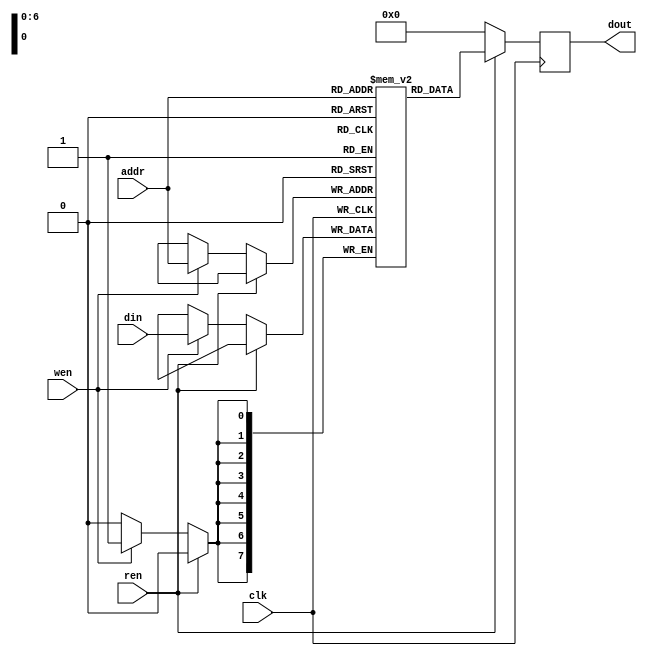
`timescale 1ns/1ps

module Memory (clk, ren, wen, addr, din, dout);

// # of words
parameter DEPTH = 128;
// # bits per words
parameter WIDTH = 8;

input clk;
input ren;
input wen;
input [7-1:0] addr;
input [8-1:0] din;
output reg [8-1:0] dout;

reg [WIDTH-1:0] mem [DEPTH-1:0];

always @(posedge clk) begin
    if (ren == 1'b1) begin
      // Read 'mem' to 'out'
      // mem[addr] <= mem[addr];
      dout <= mem[addr];
    end
    else begin
      if (wen == 1'b1) begin
        // Write 'din' to 'mem'
        mem[addr] <= din;
        dout <= 8'b0;
      end
      else begin
        // Do nothing
        // mem <= mem;
        dout <= 8'b0;
      end
    end
end

endmodule